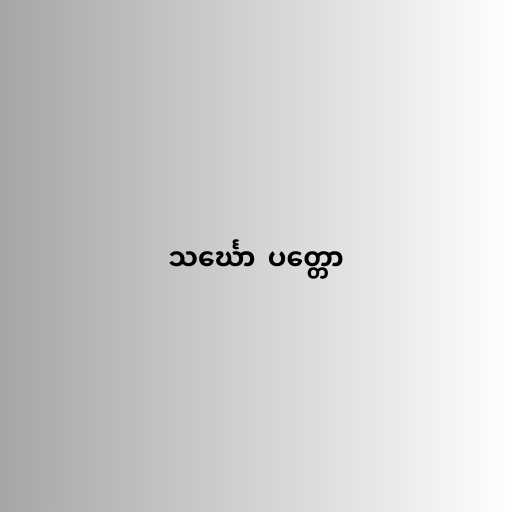
သင်္ဃော  ပတ္တော